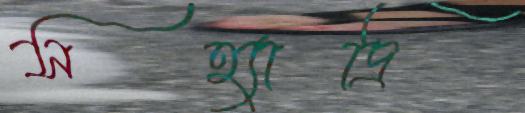
সহ্যাদ্রি